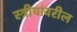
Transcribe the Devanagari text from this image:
स्त्रीयांवरील